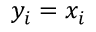
y _ { i } = x _ { i }